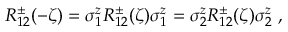
R _ { 1 2 } ^ { \pm } ( - \zeta ) = \sigma _ { 1 } ^ { z } R _ { 1 2 } ^ { \pm } ( \zeta ) \sigma _ { 1 } ^ { z } = \sigma _ { 2 } ^ { z } R _ { 1 2 } ^ { \pm } ( \zeta ) \sigma _ { 2 } ^ { z } ~ ,